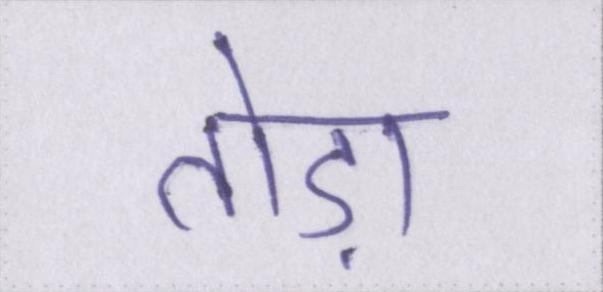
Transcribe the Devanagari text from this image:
तोड़ा